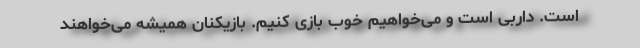
است. داربی است و می‌خواهیم خوب بازی کنیم. بازیکنان همیشه می‌خواهند